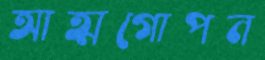
আত্মগোপন